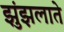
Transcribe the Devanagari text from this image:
झुंझलाते